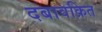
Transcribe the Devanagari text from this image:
दबावक्रित